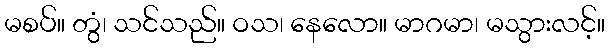
မစပ်။ တွံ၊ သင်သည်။ ဝသ၊ နေလော။ မာဂမာ၊ မသွားလင့်။